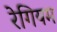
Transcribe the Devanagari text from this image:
रेगियम